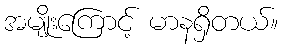
အမျိုးကြောင့် မာနရှိတယ်။